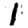
Digit: 1